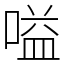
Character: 嗌